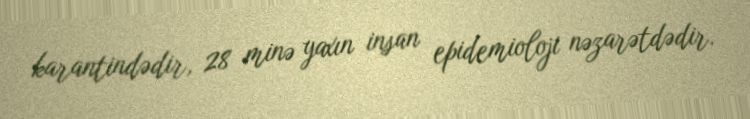
karantindədir, 28 minə yaxın insan epidemioloji nəzarətdədir.